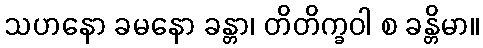
သဟနော ခမနော ခန္တာ၊ တိတိက္ခဝါ စ ခန္တိမာ။